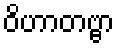
ဝိဟာတဗ္ဗာ